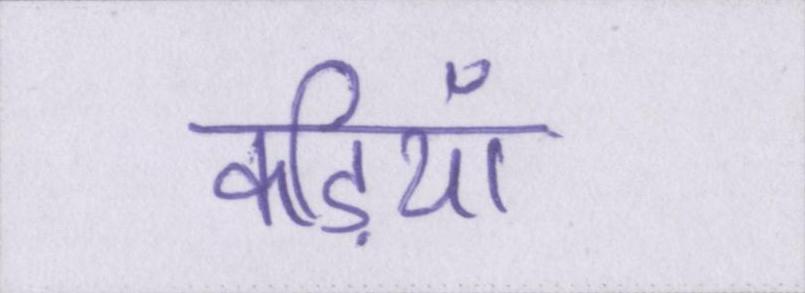
कड़ियाँ